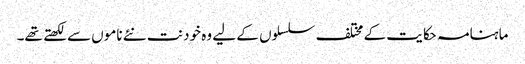
ماہنامہ حکایت کے مختلف سلسلوں کے لیے وہ خود نت نئے ناموں سے لکھتے تھے۔